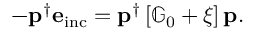
\begin{array} { r } { - \mathbf { p } ^ { \dagger } \mathbf { e } _ { \mathrm { i n c } } = \mathbf { p } ^ { \dagger } \left[ \mathbb { G } _ { 0 } + \xi \right] \mathbf { p } . } \end{array}